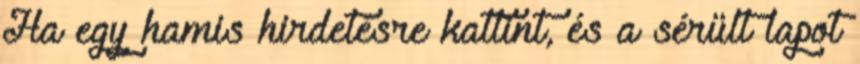
Ha egy hamis hirdetésre kattint, és a sérült lapot